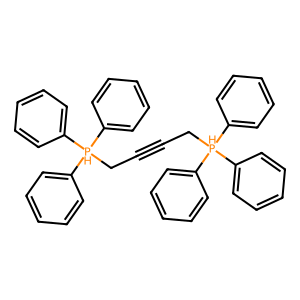
SMILES: C(#CC[PH](c1ccccc1)(c1ccccc1)c1ccccc1)C[PH](c1ccccc1)(c1ccccc1)c1ccccc1
Inhibits HIV replication: No